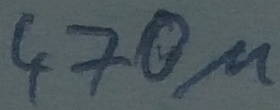
Text: 470µ